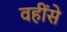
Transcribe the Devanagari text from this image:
वहींसे